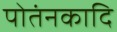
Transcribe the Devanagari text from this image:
पोतंनकादि